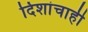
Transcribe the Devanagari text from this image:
दिशांचाही